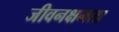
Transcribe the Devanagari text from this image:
जीवनक्षमता